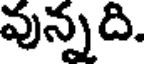
వున్నది.